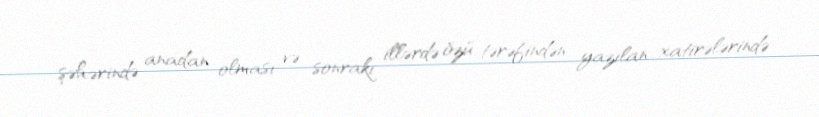
şəhərində anadan olması və sonrakı illərdə özü tərəfindən yazılan xatirələrində